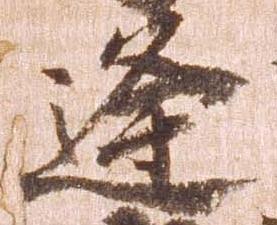
逢